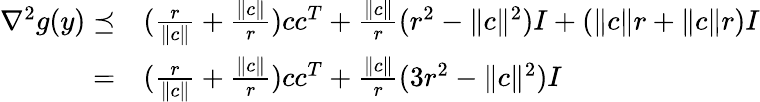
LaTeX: \begin{array}{rl}{\nabla^{2}g(y)\preceq}&{(\frac{r}{\| c\| }+\frac{\| c\| }{r})cc^{T}+\frac{\| c\| }{r}(r^{2}-\| c\| ^{2})I+(\| c\| r+\| c\| r)I}\\ {=}&{(\frac{r}{\| c\| }+\frac{\| c\| }{r})cc^{T}+\frac{\| c\| }{r}(3r^{2}-\| c\| ^{2})I}\end{array}